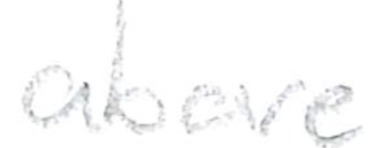
Text: above
Cross-out: clean
Writing tool: pencil